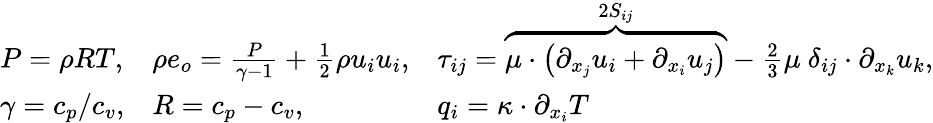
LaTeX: \begin{array}{r}{\begin{array}{llllllll}{P=\rho RT,}&{\rho e_{o}=\frac{P}{\gamma-1}+\frac{1}{2}\rho u_{i}u_{i},}&{\tau_{ij}=\overbrace{\mu\cdot\left(\partial_{x_{j}}u_{i}+\partial_{x_{i}}u_{j}\right)}^{2S_{ij}}-\frac{2}{3}\mu\ \delta_{ij}\cdot\partial_{x_{k}}u_{k},}\\ {\gamma=c_{p}/c_{v},}&{R=c_{p}-c_{v},}&{q_{i}=\kappa\cdot\partial_{x_{i}}T}\end{array}}\end{array}